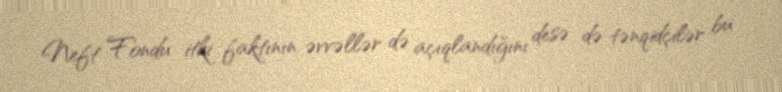
Neft Fondu itki faktının əvvəllər də açıqlandığını desə də tənqidçilər bu